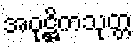
အဝုဋ္ဌိကသုတ္တ